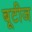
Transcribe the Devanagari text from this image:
बूटीज